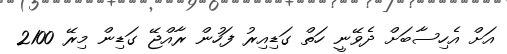
އަށް އެހިސާބަށް ދެވޭނީ ހަތް ގަޑިއިރު ފަހުން ރާއްޖޭ ގަޑިން މިރޭ 2100